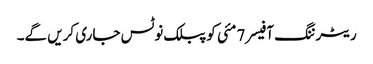
ریٹرننگ آفیسر 7 مئی کو پبلک نوٹس جاری کریں گے۔